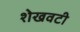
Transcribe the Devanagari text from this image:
शेखवटी